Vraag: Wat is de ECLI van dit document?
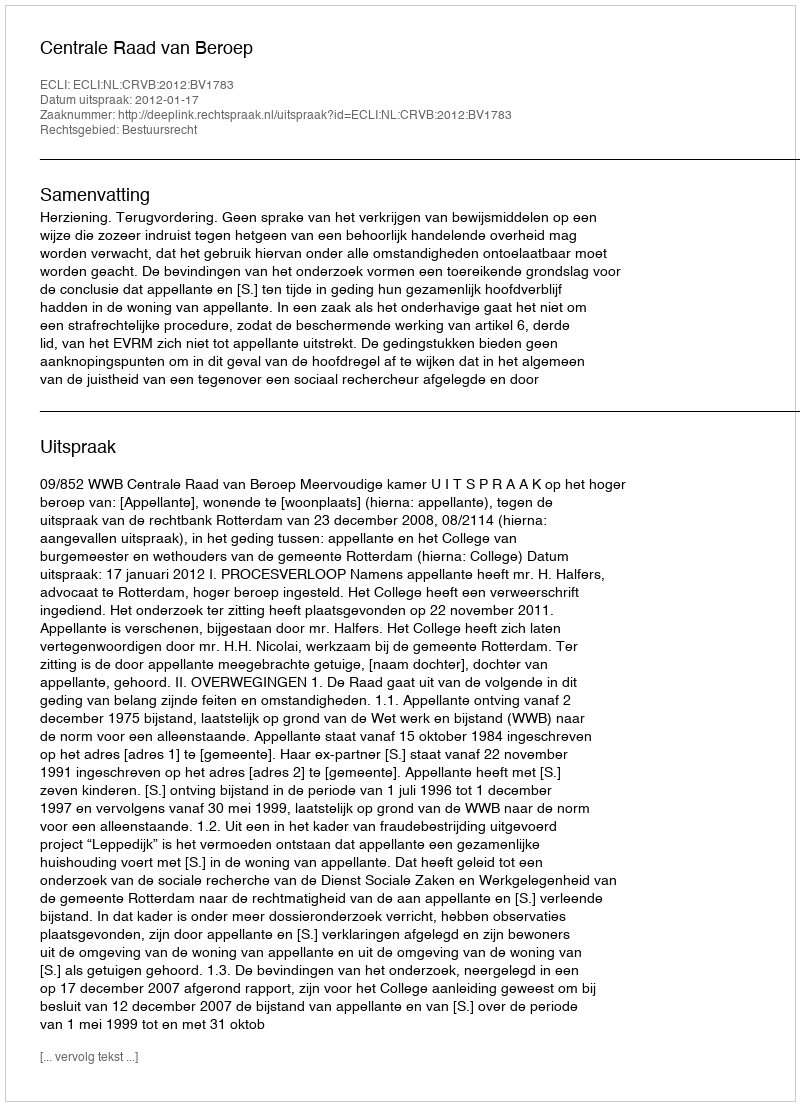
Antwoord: ECLI:NL:CRVB:2012:BV1783